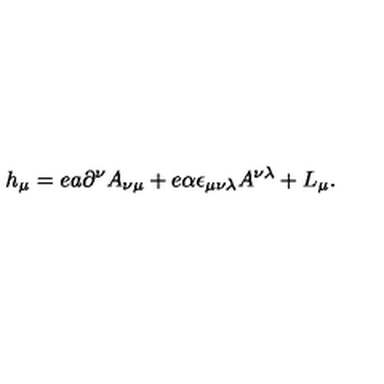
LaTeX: h _ { \mu } = e a \partial ^ { \nu } A _ { \nu \mu } + e \alpha \epsilon _ { \mu \nu \lambda } A ^ { \nu \lambda } + L _ { \mu } .